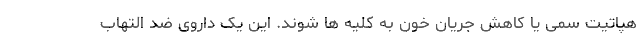
هپاتیت سمی یا کاهش جریان خون به کلیه ها شوند. این یک داروی ضد التهاب